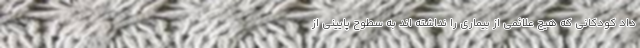
داد کودکانی که هیچ علائمی از بیماری را نداشته اند به سطوح پایینی از